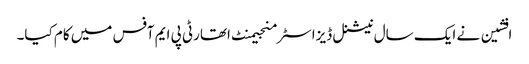
افشین نے ایک سال نیشنل ڈیزاسٹر منجیمنٹ اتھارٹی پی ایم آفس میں کام کیا۔